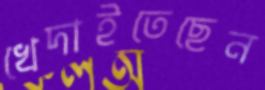
খেদাইতেছেন